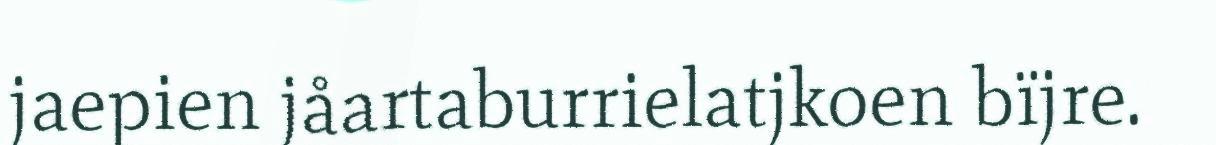
jaepien jåartaburrielatjkoen bïjre.